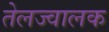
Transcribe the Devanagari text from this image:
तेलज्वालक